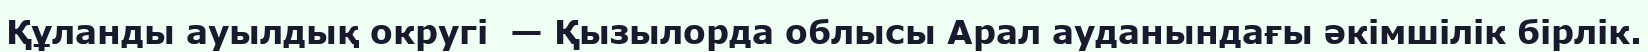
Құланды ауылдық округі  — Қызылорда облысы Арал ауданындағы әкімшілік бірлік.